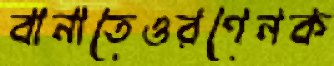
বানাতেওরণেনক